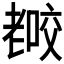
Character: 𰭫